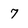
Character: 7